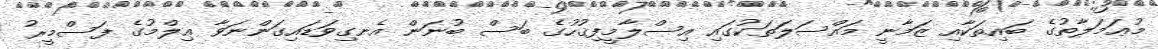
މުޢަމަލާތުގެ ބައިތަކާއި ޒަމާނީ މައްސަލަތަކުގައި އިސްލާމީފިޤުހުގެ ބަސް ބުނަން އެނގިވަޑައިގަންނަވާ ޢިލްމުގެ ފަސްމީރު